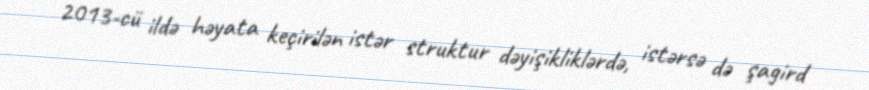
2013-cü ildə həyata keçirilən istər struktur dəyişikliklərdə, istərsə də şagird